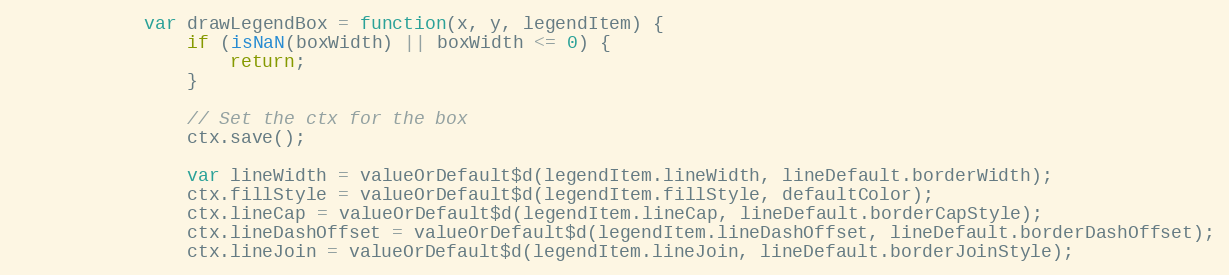
Language: JavaScript
			var drawLegendBox = function(x, y, legendItem) {
				if (isNaN(boxWidth) || boxWidth <= 0) {
					return;
				}

				// Set the ctx for the box
				ctx.save();

				var lineWidth = valueOrDefault$d(legendItem.lineWidth, lineDefault.borderWidth);
				ctx.fillStyle = valueOrDefault$d(legendItem.fillStyle, defaultColor);
				ctx.lineCap = valueOrDefault$d(legendItem.lineCap, lineDefault.borderCapStyle);
				ctx.lineDashOffset = valueOrDefault$d(legendItem.lineDashOffset, lineDefault.borderDashOffset);
				ctx.lineJoin = valueOrDefault$d(legendItem.lineJoin, lineDefault.borderJoinStyle);